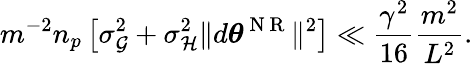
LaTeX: m^{-2}n_{p}\left[\sigma_{\mathcal{G}}^{2}+\sigma_{\mathcal{H}}^{2}\lVert d{\boldsymbol{\theta}}^{\mathrm{~N~R~}}\rVert^{2}\right]\ll\frac{\gamma^{2}}{16}\frac{m^{2}}{L^{2}}.